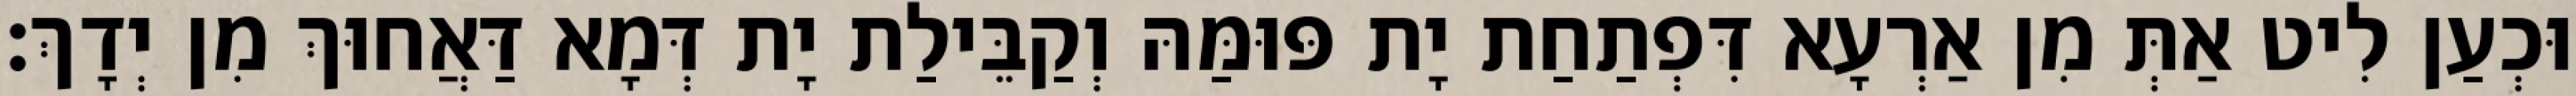
וּכְעַן לִיט אַתְּ מִן אַרְעָא דִּפְתַחַת יָת פּוּמַּהּ וְקַבֵּילַת יָת דְּמָא דַּאֲחוּךְ מִן יְדָךְ׃